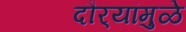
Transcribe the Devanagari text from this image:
दौर्‍यांमुळे